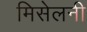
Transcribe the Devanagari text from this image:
मिसेलनी